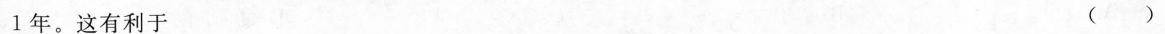
1年。这有利于 ()